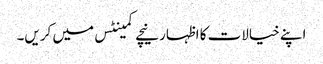
اپنے خیالات کا اظہار نیچے کمینٹس میں کریں۔